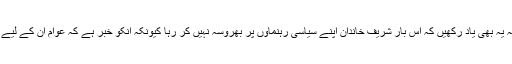
انہوں نے بتایا کہ یہ بھی یاد رکھیں کہ اس بار شریف خاندان اپنے سیاسی رہنماوں پر بھروسہ نہیں کر رہا کیونکہ انکو خبر ہے کہ عوام ان کے لیے نہیں نکلے گی ۔